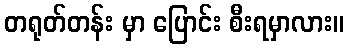
တရုတ်တန်း မှာ ပြောင်း စီးရမှာလား။